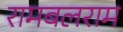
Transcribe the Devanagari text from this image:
रामबलराम